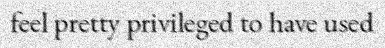
feel pretty privileged to have used